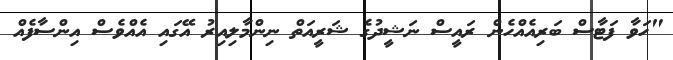
"ހަވާ ފަޓާސް ބަރިއެއްހެން ރައީސް ނަޝީދުގެ ޝަރީއަތް ނިންމާލިއިރު އޭގައި އެއްވެސް އިންސާފެއް